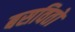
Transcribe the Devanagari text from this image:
बसवितो